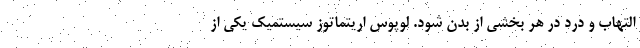
التهاب و درد در هر بخشی از بدن شود. لوپوس اریتماتوز سیستمیک یکی از